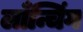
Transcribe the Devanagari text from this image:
लाँन्चिंग